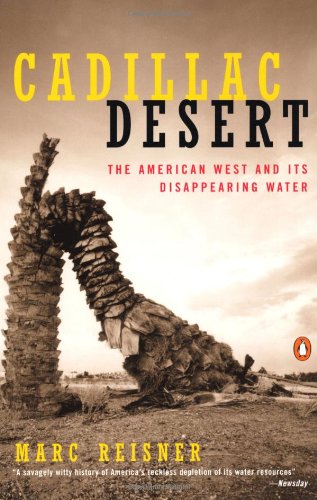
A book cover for Cadillac Desert: The American West and Its Disappearing Water, Revised Edition; Marc Reisner; Engineering & Transportation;